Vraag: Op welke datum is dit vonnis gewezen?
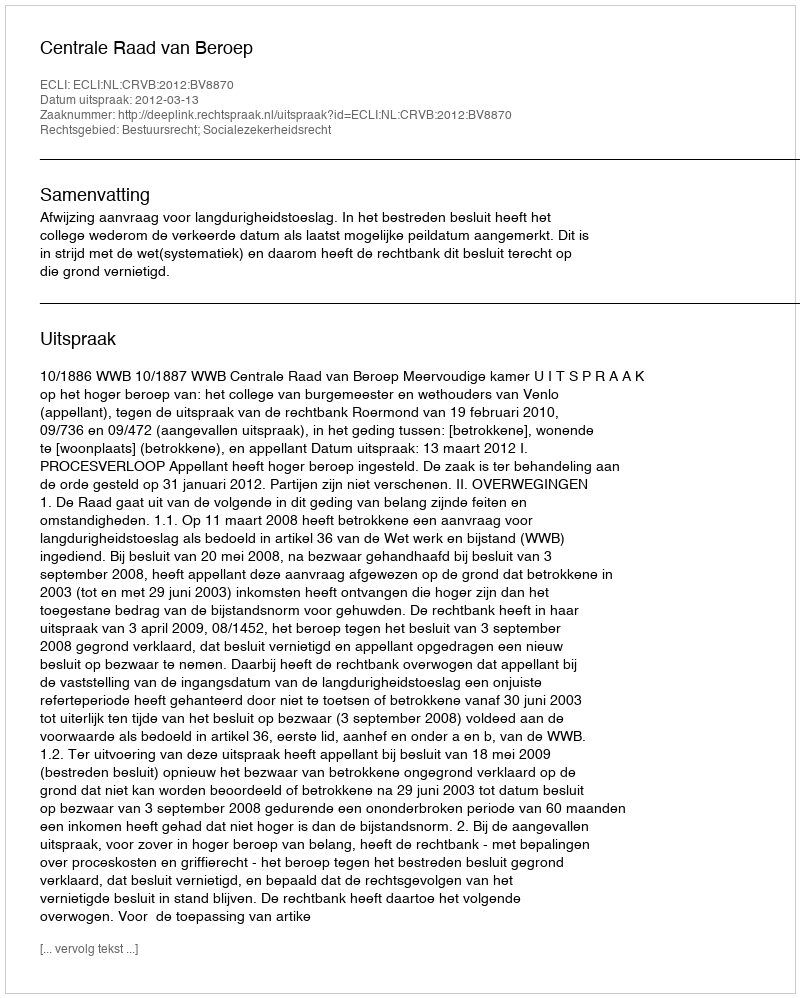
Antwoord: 2012-03-13